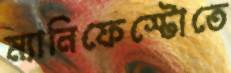
ম্যানিফেস্টোতে